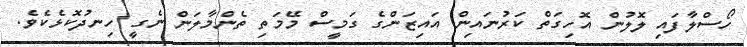
ހޯސްލާފައި ލޮލުން އޮހިގަތް ކަރުނައިން އައިޒަންގެ ގަމީސް މޭމަތި ތެންމާލަން ނެގީ ހިނދުކޮޅެކެވެ.